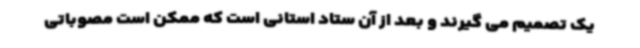
یک تصمیم می گیرند و بعد از آن ستاد استانی است که ممکن است مصوباتی